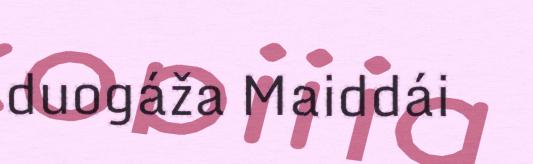
duogáža Maiddái